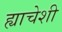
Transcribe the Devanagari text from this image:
ह्याचेशी